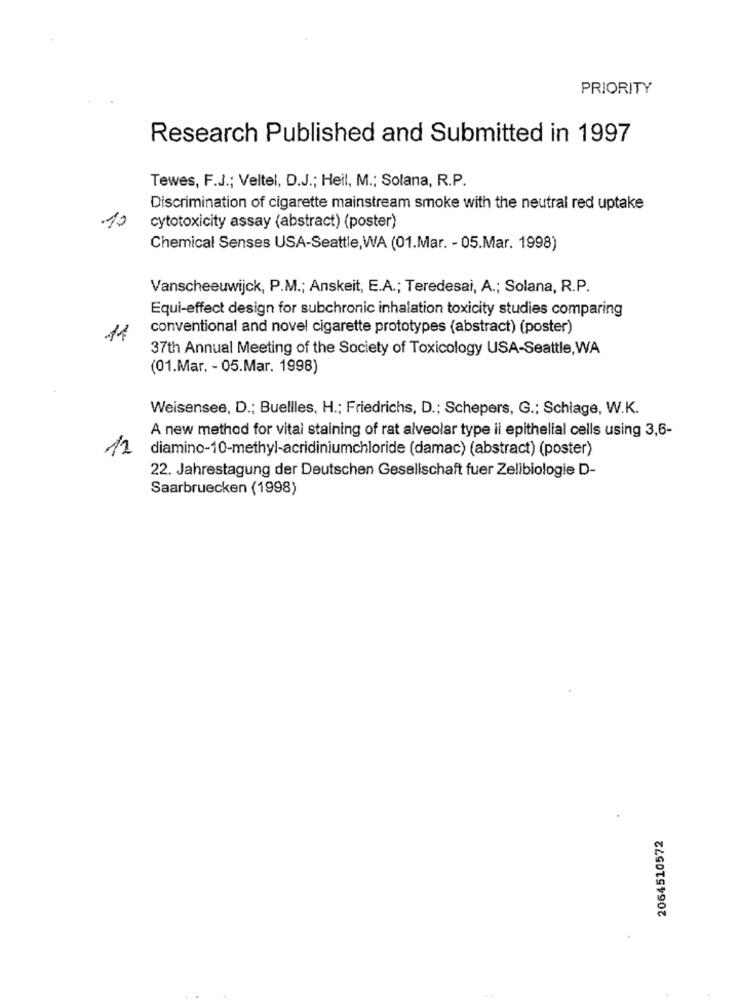
PRIORITY
Research Published and Submitted in 1997
Tewes, F.J .; Veltel, D.J .; Heil, M .; Solana, R.P.
Discrimination of cigarette mainstream smoke with the neutral red uptake
10
cytotoxicity assay (abstract) (poster)
Chemical Senses USA-Seattle,WA (01.Mar. - 05.Mar. 1998)
Vanscheeuwijck, P.M .; Anskeit, E.A .; Teredesai, A .; Solana, R.P.
Equi-effect design for subchronic inhalation toxicity studies comparing
conventional and novel cigarette prototypes (abstract) (poster)
11
37th Annual Meeting of the Society of Toxicology USA-Seattle, WA
(01.Mar. - 05.Mar. 1998)
Weisensee, D .; Buellles, H .; Friedrichs, D .; Schepers, G .: Schlage, W.K.
A new method for vital staining of rat alveolar type il epithelial cells using 3,6-
12
diamino-10-methyl-acridiniumchloride (damac) (abstract) (poster)
22. Jahrestagung der Deutschen Gesellschaft fuer Zelibiologie D-
Saarbruecken (1998)
2064510572